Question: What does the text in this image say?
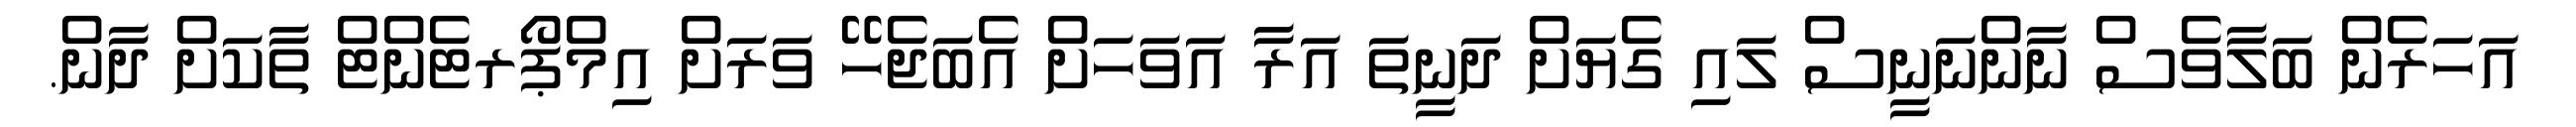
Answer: އަހަރެން ބަލާވެސް ނާންނަނީސް ލައި ގެޔަށް ދަނީތަ އަރާ އަވަހަށް އެބަޖެހޭ ވަރަށް އިމްޕޯރޓެންޓް ތާކަށް ދާން.